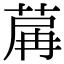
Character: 𦱲